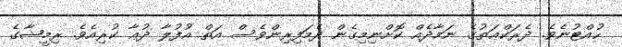
ހުއްޓުނެވެ. ދެރަކްޢަތުގެ ނަމާދެއް ކޮށްނިމިގެން ދެމަފިރިންވެސް އަތް އުފުލާ ދުޢާ ކުރިއެވެ. ރިމީޝާގެ